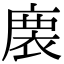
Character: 𢊇